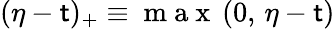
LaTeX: (\eta-\mathsf{t})_{+}\equiv\mathrm{{~m~a~x~}}\, (0,\, \eta-\mathsf{t})